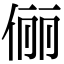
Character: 俪